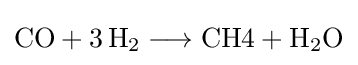
{{\text{CO}}{}+{}3\,\mathrm {H} {\vphantom {A}}_{\smash[{t}]{2}}{}\mathrel {\longrightarrow } {}{\text{CH4}}{}+{}\mathrm {H} {\vphantom {A}}_{\smash[{t}]{2}}\mathrm {O} }